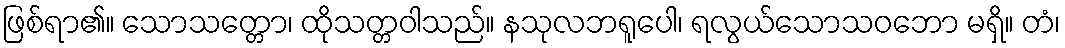
ဖြစ်ရာ၏။ သောသတ္တော၊ ထိုသတ္တဝါသည်။ နသုလဘရူပေါ၊ ရလွယ်သောသဝဘော မရှိ။ တံ၊